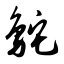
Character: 鸵